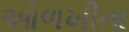
ઓળખીતા